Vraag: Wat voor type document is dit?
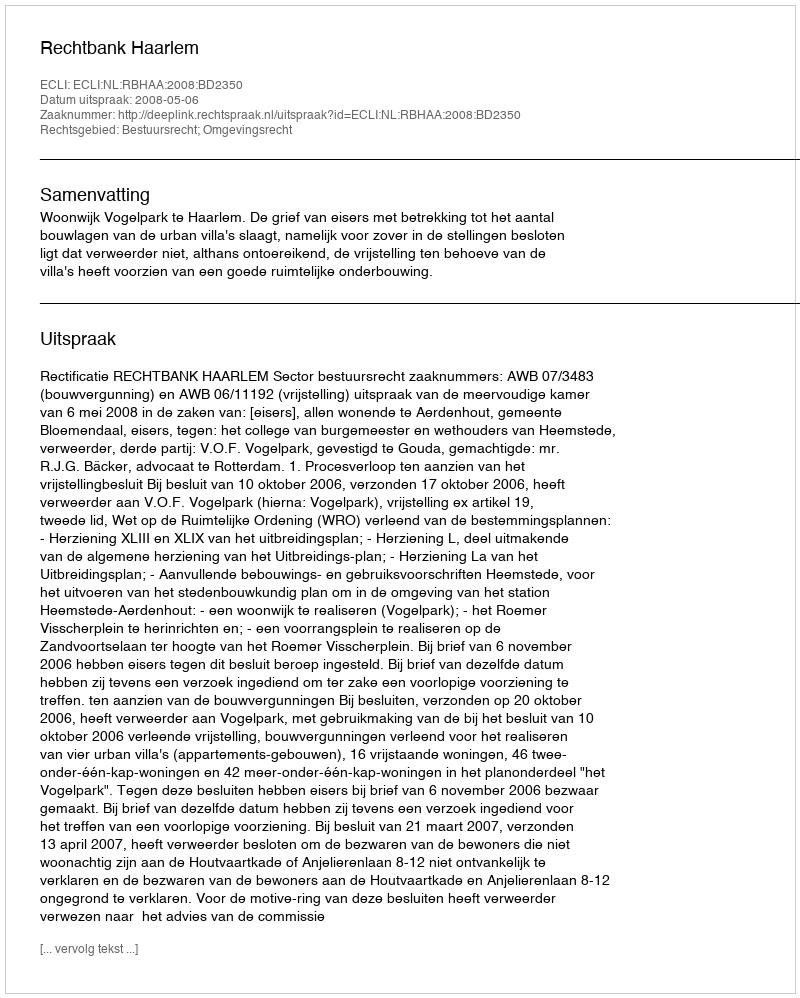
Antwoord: Uitspraak